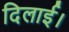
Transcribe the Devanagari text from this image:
दिलाई।